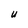
Character: U